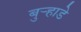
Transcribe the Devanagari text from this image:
बुऱ्हाडे